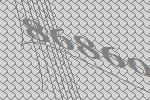
86860